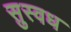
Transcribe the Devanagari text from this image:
सुस्वध